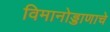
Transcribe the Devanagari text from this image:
विमानोड्डाणाचे